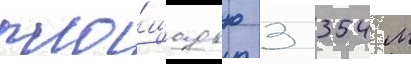
пло́щадью 3 354 м